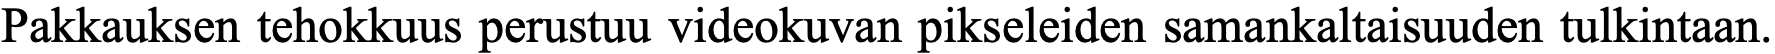
Pakkauksen tehokkuus perustuu videokuvan pikseleiden samankaltaisuuden tulkintaan.